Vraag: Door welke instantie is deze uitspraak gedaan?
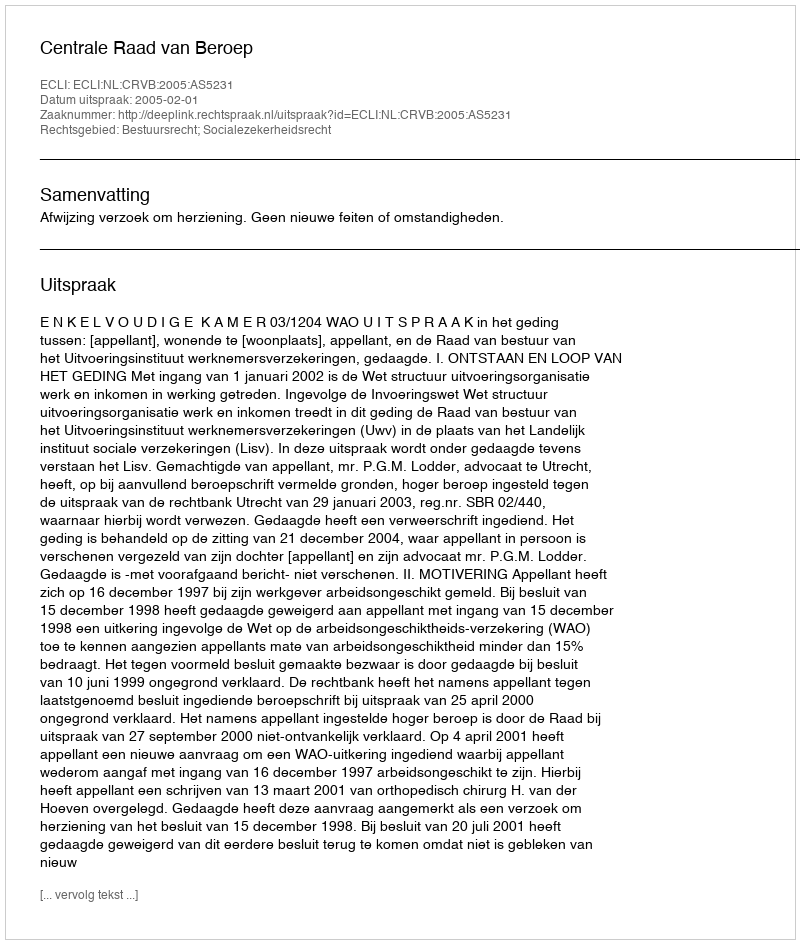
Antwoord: Centrale Raad van Beroep